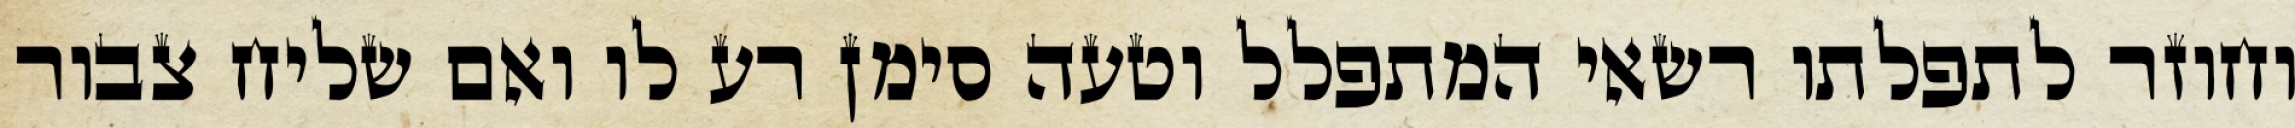
וחוזר לתפלתו רשאי המתפלל וטעה סימן רע לו ואם שליח צבור